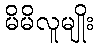
မိမိလူမျိုး